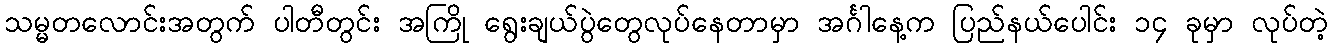
သမ္မတလောင်းအတွက် ပါတီတွင်း အကြို ရွေးချယ်ပွဲတွေလုပ်နေတာမှာ အင်္ဂါနေ့က ပြည်နယ်ပေါင်း ၁၄ ခုမှာ လုပ်တဲ့